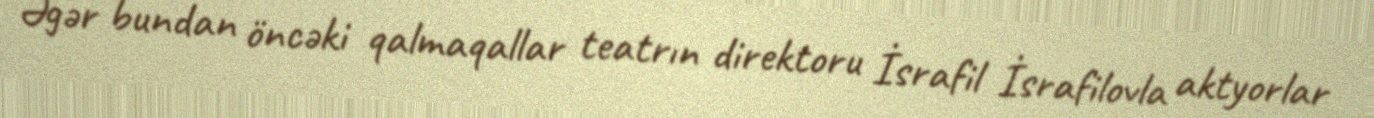
Əgər bundan öncəki qalmaqallar teatrın direktoru İsrafil İsrafilovla aktyorlar